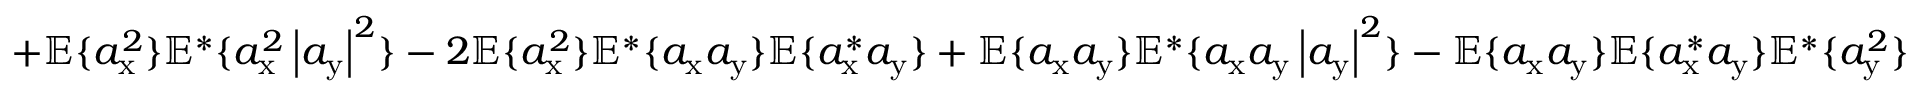
+ \mathbb { E } \{ a _ { \mathrm { x } } ^ { 2 } \} \mathbb { E } ^ { * } \{ a _ { \mathrm { x } } ^ { 2 } \left| a _ { \mathrm { y } } \right| ^ { 2 } \} - 2 \mathbb { E } \{ a _ { \mathrm { x } } ^ { 2 } \} \mathbb { E } ^ { * } \{ a _ { \mathrm { x } } a _ { \mathrm { y } } \} \mathbb { E } \{ a _ { \mathrm { x } } ^ { * } a _ { \mathrm { y } } \} + \mathbb { E } \{ a _ { \mathrm { x } } a _ { \mathrm { y } } \} \mathbb { E } ^ { * } \{ a _ { \mathrm { x } } a _ { \mathrm { y } } \left| a _ { \mathrm { y } } \right| ^ { 2 } \} - \mathbb { E } \{ a _ { \mathrm { x } } a _ { \mathrm { y } } \} \mathbb { E } \{ a _ { \mathrm { x } } ^ { * } a _ { \mathrm { y } } \} \mathbb { E } ^ { * } \{ a _ { \mathrm { y } } ^ { 2 } \}